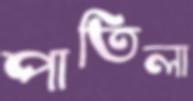
পাতিলা